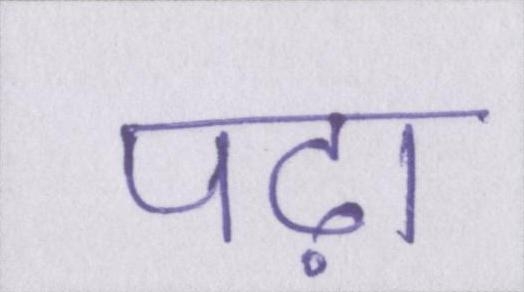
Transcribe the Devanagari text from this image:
पढ़ा